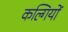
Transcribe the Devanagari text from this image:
कल्गियों